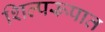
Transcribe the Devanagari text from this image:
शिल्परूपात